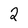
Character: 2